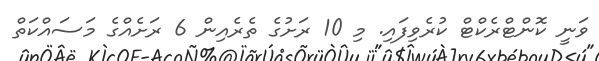
ވަނީ ކޮންޓްރެކްޓް ކުރެވިފައި. މި 10 ރަށުގެ ތެރެއިން 6 ރަށެއްގެ މަސައްކަތް